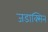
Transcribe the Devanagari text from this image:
जडाक्सिन